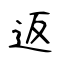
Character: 返